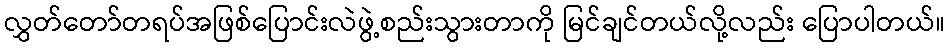
လွှတ်တော်တရပ်အဖြစ်ပြောင်းလဲဖွဲ့စည်းသွားတာကို မြင်ချင်တယ်လို့လည်း ပြောပါတယ်။